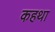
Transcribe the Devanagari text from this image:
कहथा